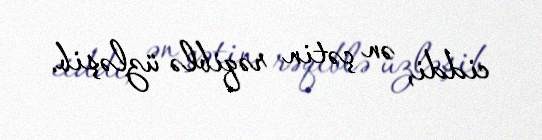
ciddi, ən çətin rəqiblə üzləşib.